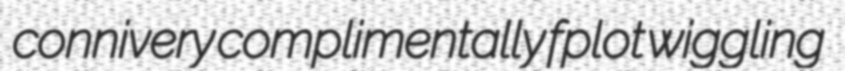
connivery complimentally fplot wiggling